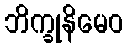
ဘိက္ခုနိမေဝ